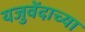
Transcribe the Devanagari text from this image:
यजुवेंदाच्या